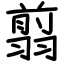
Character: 翦